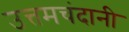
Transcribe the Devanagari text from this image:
उत्तमचंदानी